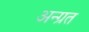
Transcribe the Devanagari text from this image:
अन्ग्रत